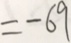
= - 6 9